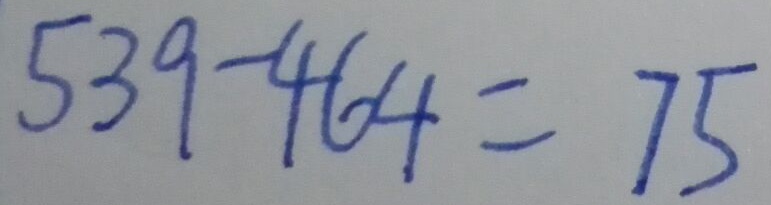
5 3 9 - 4 6 4 = 7 5